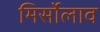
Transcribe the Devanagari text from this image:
मिर्सोलाव